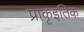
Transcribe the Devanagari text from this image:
प्राकृइतिक